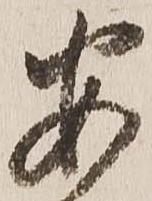
安